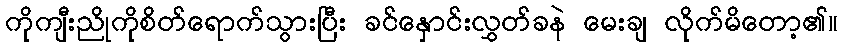
ကိုကျီးညိုကိုစိတ်ရောက်သွားပြီး ခင်နှောင်းလွှတ်ခနဲ မေးချ လိုက်မိတော့၏။